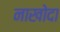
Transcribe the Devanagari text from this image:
नाखोदा